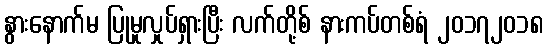
နွားနောက်မ ပြုမူလှုပ်ရှားပြီး လက်တို့စ် နားကပ်တစ်ရံ ၂၀၁၇၂၀၁၈